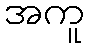
အကူ